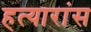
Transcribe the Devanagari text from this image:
हत्यारांस